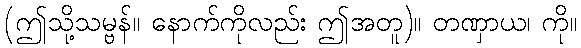
(ဤသို့သမ္ဗန်။ နောက်ကိုလည်း ဤအတူ)။ တဏှာယ၊ ကို။